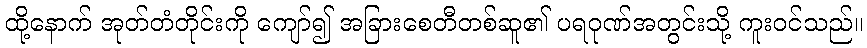
ထို့နောက် အုတ်တံတိုင်းကို ကျော်၍ အခြားစေတီတစ်ဆူ၏ ပရဝုဏ်အတွင်းသို့ ကူးဝင်သည်။